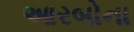
આરબોના